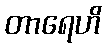
တာရေဟိ